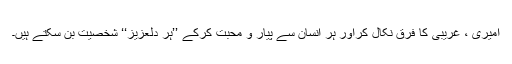
امیری ، غریبی کا فرق نکال کراور ہر انسان سے پیار و محبت کرکے ’’ہر دلعزیز‘‘ شخصیت بن سکتے ہیں۔